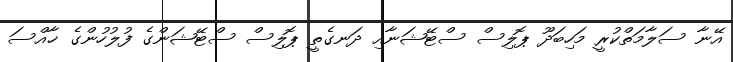
އޭނާ ސަލާމަތްކުރީ މަހިބަދޫ ޕޮލިސް ސްޓޭޝަނާއި ދަނގެތީ ޕޮލިސް ސްޓޭޝަންގެ ފުލުހުންގެ ޚާއްސަ